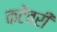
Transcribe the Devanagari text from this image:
कटेवरी